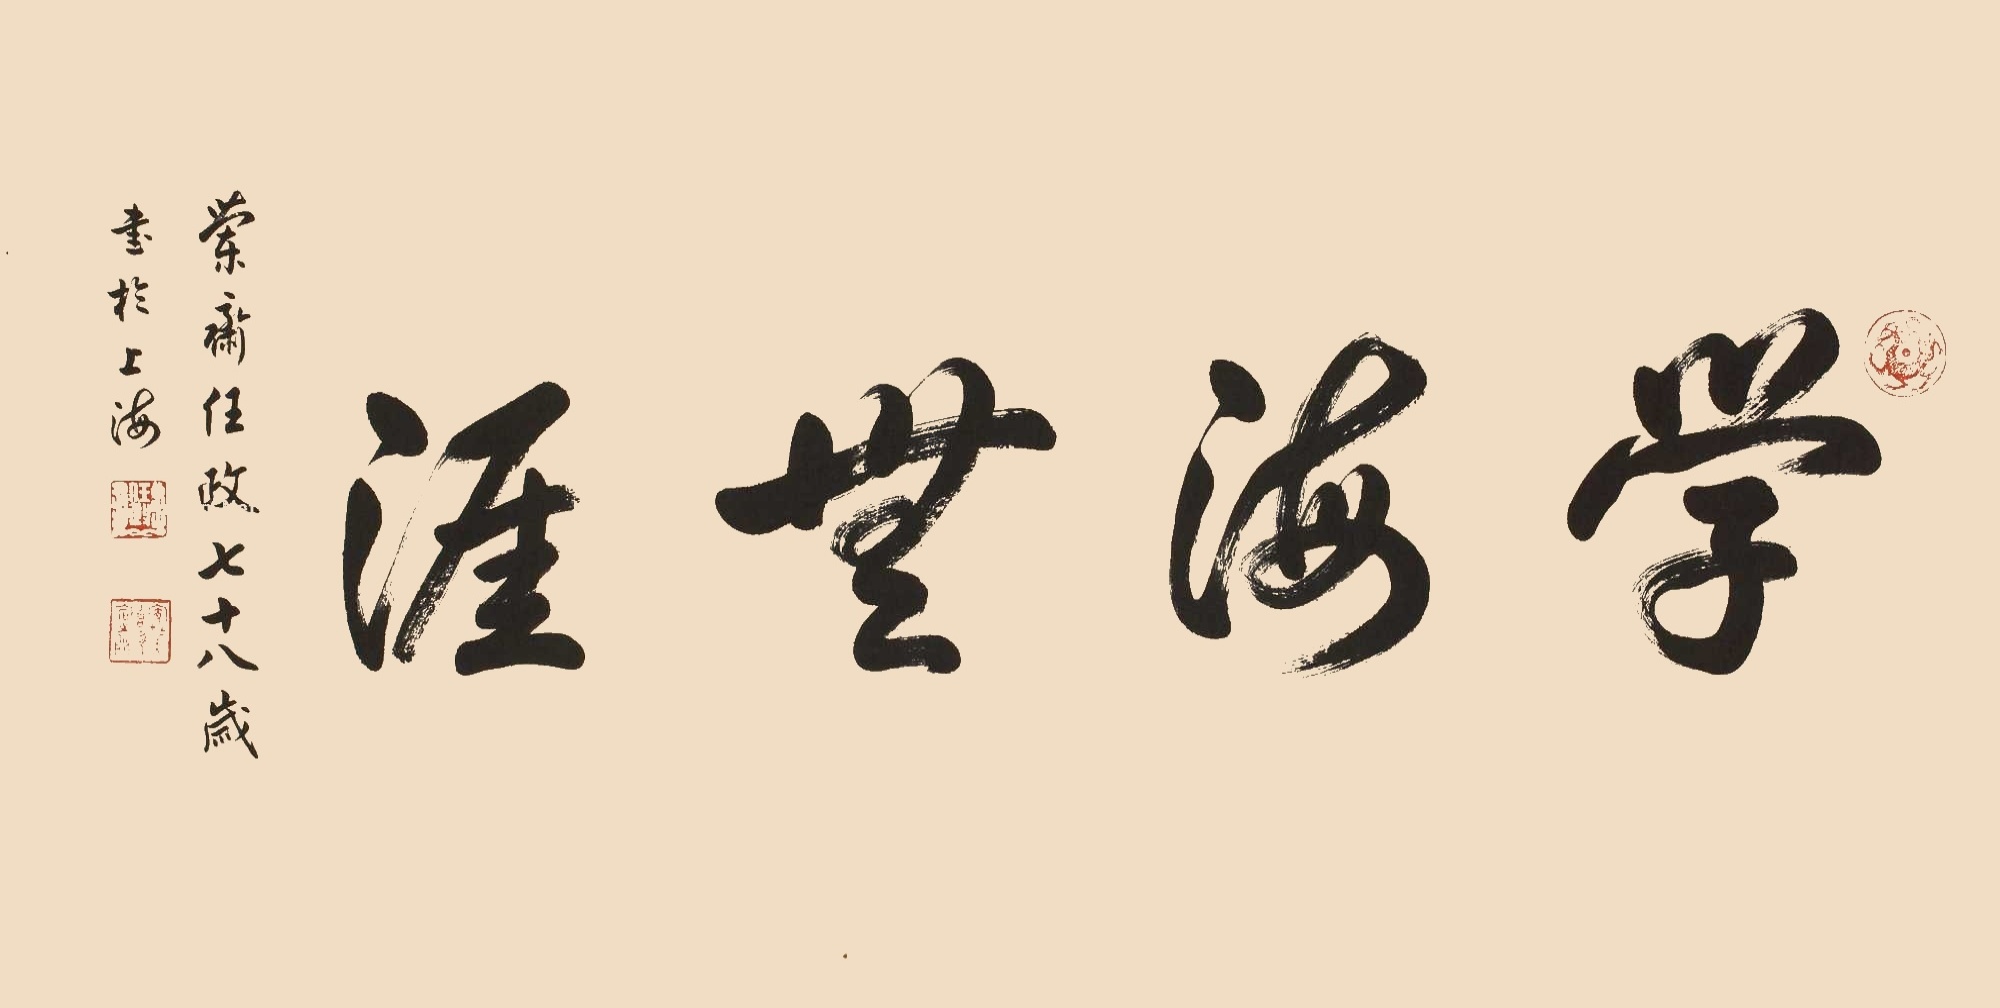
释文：学海无涯兰斋任政七十八岁书于上海。